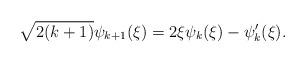
LaTeX: \begin{align*}\sqrt{2(k+1)}\psi_{k+1}(\xi)&=2\xi\psi_k(\xi)-\psi_k^{\prime}(\xi).\end{align*}